Annual statistical returns and brief notes on vaccination in Bengal - 1887-1898
Year: 1887
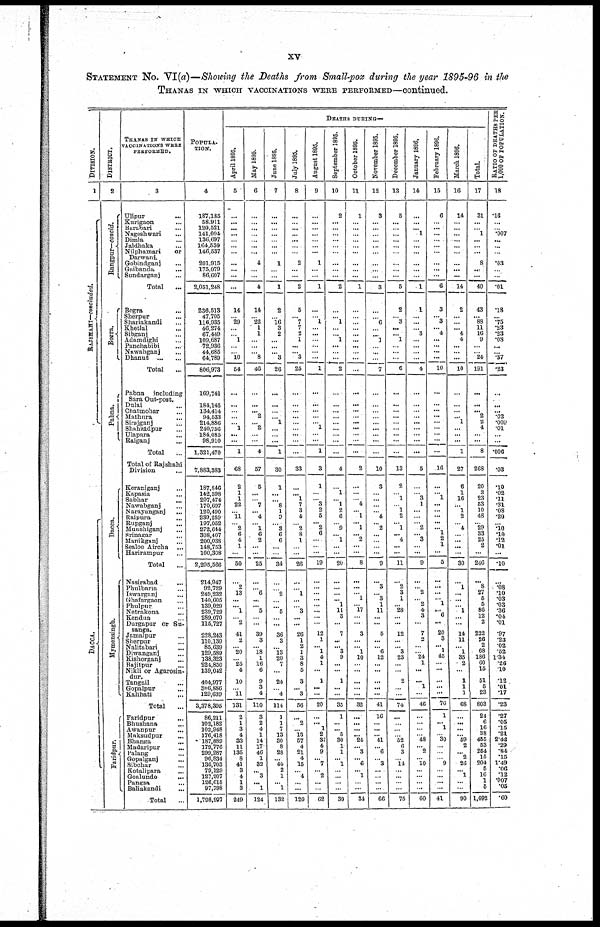
xv
STATEMENT No. VI(a)—Showing the Deaths from Small-pox during the year 1895-96 in the
THANAS IN WHICH VACCINATIONS WERE PERFORMED—continued.
DIVISION.
1
RAJSHAHI—concluded.
DACCA.
DISTRICT.
2
Rangpur—concld.
Bogra.
Pabna.
Dacca.
Myme ns ingh.
Faridpur.
THANAS IN WHICH
VACCINATIONS WERE
PERFORMED.
3
Ulipur...
Kurigaon...
Barabari...
Nageshwari...
Dimla...
Jaldhaka...
Nilphamari
or
Darwani.
Gobindganj...
Gaibanda...
Sundarganj...
Total
...
Bogra...
Sherpur...
Shariakandi...
Khetlal...
Sibganj...
Adamdighi...
Panchabibi...
Nawabganj...
Dhanut...
Total...
Pabna
including
Sara Out-post.
Dulai...
Chatmohar...
Mathura...
Sirajganj...
Shahzadpur...
Ulapara...
Raiganj...
Total...
Total of Rajshahi
Division...
Keraniganj...
Kapasia...
Sabhar...
Nawabganj...
Narayanganj...
Raipura...
Rupganj...
Munshiganj...
Srinagar...
Manikganj...
Sealoo
Aircha...
Harirampur...
Total...
Nasirabad...
Phulbana...
Iswarganj...
Ghafargaon...
Phulpur...
Netrakona...
Kendua...
Durgapur or Su-
sanga.
Jamalpur...
Sherpur...
Nalitabari...
Diwanganj...
Kishorganj...
Bajitpur...
Nikli or Agarosin-
dur.
Tangail...
Gopalpur...
Kalihati...
Total...
Faridpur...
Bhushana...
Awanpur...
Maksudpur...
Bhanga...
Madaripur...
Palang...
Gopalganj...
Sibchar...
Kotalipara...
Goalundo...
Pangsa...
Baliakandi...
Total...
POPULA-
TION.
4
187,185
58,911
120,521
141,094
136,697
164,530
146,537
201,915
175,079
86,607
2,051,248
236,513
47,705
116,935
46,274
67,449
109,687
72,936
44,685
64,789
806,973
169,741
184,145
134.414
94,533
214,886
240,756
184,085
98,910
1,321,470
7,883,383
187,846
142,598
207,474
170,697
120,490
239,259
197,052
272,644
308,407
200,038
148,753
100,308
2,295,566
214,947
92,729
249,232
140,605
139,029
239,729
289,070
115,727
228,243
110,139
85,639
129,589
138,323
224,850
139,042
404,977
306,886
129,639
3,378,395
86,211
102,182
102,948
176,418
187,889
179,776
299,287
96,834
136,703
79,129
127,207
126,615
97,798
1,798,997
DEATHS DURING—
April 1895.
5
...
...
...
...
...
...
...
...
...
...
...
14
...
29
...
...
1
...
... 10
54
...
...
...
...
... 1
...
...
1
68
2
1
1
22
... 11
...
2
6
4
1
...
50
...
2
13
...
... 1
... 2
41
2
... 20
... 25
4
10
...
...
131
2
1
3
4
33
11
135
8
41
3
4
1
3
249
May 1895.
6
...
...
...
...
...
...
...
4
...
...
4
14
...
22
1
1
...
...
...
8
46
...
...
... 2
... 2
...
...
4
57
5
...
...
7
... 4
...
1
6
2
...
...
25
...
... 6
...
... 5
...
...
39
3
...
18
1
16
6
9
3
4
110
3
2
4
1
14
17
46
1
32
... 3
... 1
124
June 1895.
7
...
...
...
...
...
...
...
1
...
...
1
2
...
16
3
2
...
...
... 3
26
...
...
...
...
1
...
...
...
1
30
1
...
... 8
1
9
...
3
6
6
...
...
34
...
...
2
...
...
5
...
...
36
3
...
13
20
7
...
24
...
4
114
1
1
7
13
30
8
28
... 40
2
1
... 1
132
July 1895.
8
...
...
...
...
...
...
...
2
...
...
2
5
... 7
7
2
1
...
...
3
25
...
...
...
...
...
...
...
...
...
33
...
... 1
7
3
4
...
2
8
1
...
...
26
...
...
1
...
...
3
...
...
26
1
2
1
3
8
5
3
...
3
56
...
2
...
13
57
4
21
4
15
... 4
...
...
120
August 1895.
9
...
...
...
...
...
...
...
1
...
...
1
...
...
1
...
...
...
...
...
...
1
...
...
...
...
...
1
...
...
1
3
1
...
... 3
...
5
... 2
6
... ...
...
19
...
...
...
...
...
...
...
...
12
1
... 1
4
1
...
1
...
...
20
...
... 1
2
37
4
9
... 7
... 2
...
...
62
September 1895.
10
2
...
...
...
...
...
...
...
...
...
2
...
... 1
...
... 1
...
...
...
2
...
...
...
...
...
...
...
...
...
4
...
1
... 1
2
6
...
9
... 1
...
...
20
...
...
...
... 1
11
3
...
7
...
... 3
9
...
...
1
...
...
35
1
...
... 5
30
1
1
... 1
...
...
...
...
39
October 1895.
11
1
...
...
...
...
...
...
...
...
...
1
...
...
...
...
...
...
...
...
...
...
...
...
...
...
...
...
...
...
...
2
...
...
... 4
... 1
... 1
... 2
...
...
8
...
...
...
1
...
17
...
...
3
...
... 1
10
...
...
...
...
...
32
...
...
...
... 24
... 3
... 6
... 1
...
...
34
November 1895.
12
3
...
...
...
...
...
...
...
...
...
3
...
...
6
...
...
1
...
...
...
7
...
...
...
...
...
...
...
...
...
10
3
...
...
...
... 4
... 2
...
...
...
...
9
...
3
...
3
1
11
...
...
5
...
... 6
12
...
...
...
...
...
41
16
...
...
... 41
... 6
...
3
...
...
...
...
66
December 1895.
13
5
...
...
...
...
...
...
...
...
...
5
2
...
3
...
... 1
...
...
...
6
...
...
...
...
...
...
...
...
...
13
2
... 1
...
1
2
... 1
... 4
...
...
11
...
2
3
1
...
28
...
...
12
...
... 3
23
...
...
2
...
...
74
...
...
...
...
52
6
3
...
14
...
...
...
...
75
January 1896.
14
...
...
... 1
...
...
...
...
...
...
1
1
...
...
...
3
...
...
...
...
4
...
...
...
...
...
...
...
...
...
5
...
...
3
1
...
...
...
2
...
3
...
...
9
...
...
2
...
2
4
3
...
7
2
...
...
24
1
...
...
1
...
46
...
...
...
...
48
... 2
... 10
...
...
...
...
60
February 1896.
15
6
...
...
...
...
...
...
...
...
...
6
3
... 3
... 4
...
...
...
...
10
...
...
...
...
...
...
...
...
...
16
...
... 1
...
...
...
...
... ...
2
...
...
5
...
...
...
...
...
...
...
...
20
...
... 1
45
...
...
...
...
...
76
1
... 1
... 30
...
...
...
9
...
...
...
...
41
March 1896.
16
14
...
...
...
...
...
...
...
...
...
14
2
...
...
... 4
4
...
...
...
10
...
...
...
... 1
...
...
...
1
27
6
1
16
... 1
2
... 4
...
...
...
...
30
...
1
...
...
... 1
...
...
14
11
...
1
35
2
...
1
1
1
68
...
...
...
... 59
2
... 2
26
... 1
...
...
90
Total.
17
31
...
...
1
...
...
...
8
...
...
40
43
... 88
11
16
9
...
...
24
191
...
...
... 2
2
4
...
...
8
268
20
3
23
53
10
48
... 29
33
25
2
...
246
...
8
27
5
5
86
12
2
222
26
2
68
186
60
15
51
5
23
803
24
6
16
38
455
53
254
15
204
5
16
1
5
1,092
RATIO OF DEATHS PER
1,000 OF POPULATION.
18
.16
...
...
.007
...
...
...
.03
...
...
.01
.18
... .75
.23
.23
.08
...
... .37
.23
...
...
... .02
.009
.01
...
...
.006
.03
.10
.02
.11
.31
.08
.20
... .10
.10
.12
.01
...
.10
...
.08
.10
.03
.03
.36
.04
.01
.97
.23
.02
.52
1.34
.26
.10
.12
.01
.17
.23
.27
.05
.15
.21
2.42
.29
.84
.15
1.49
.06
.12
.007
.05
.60